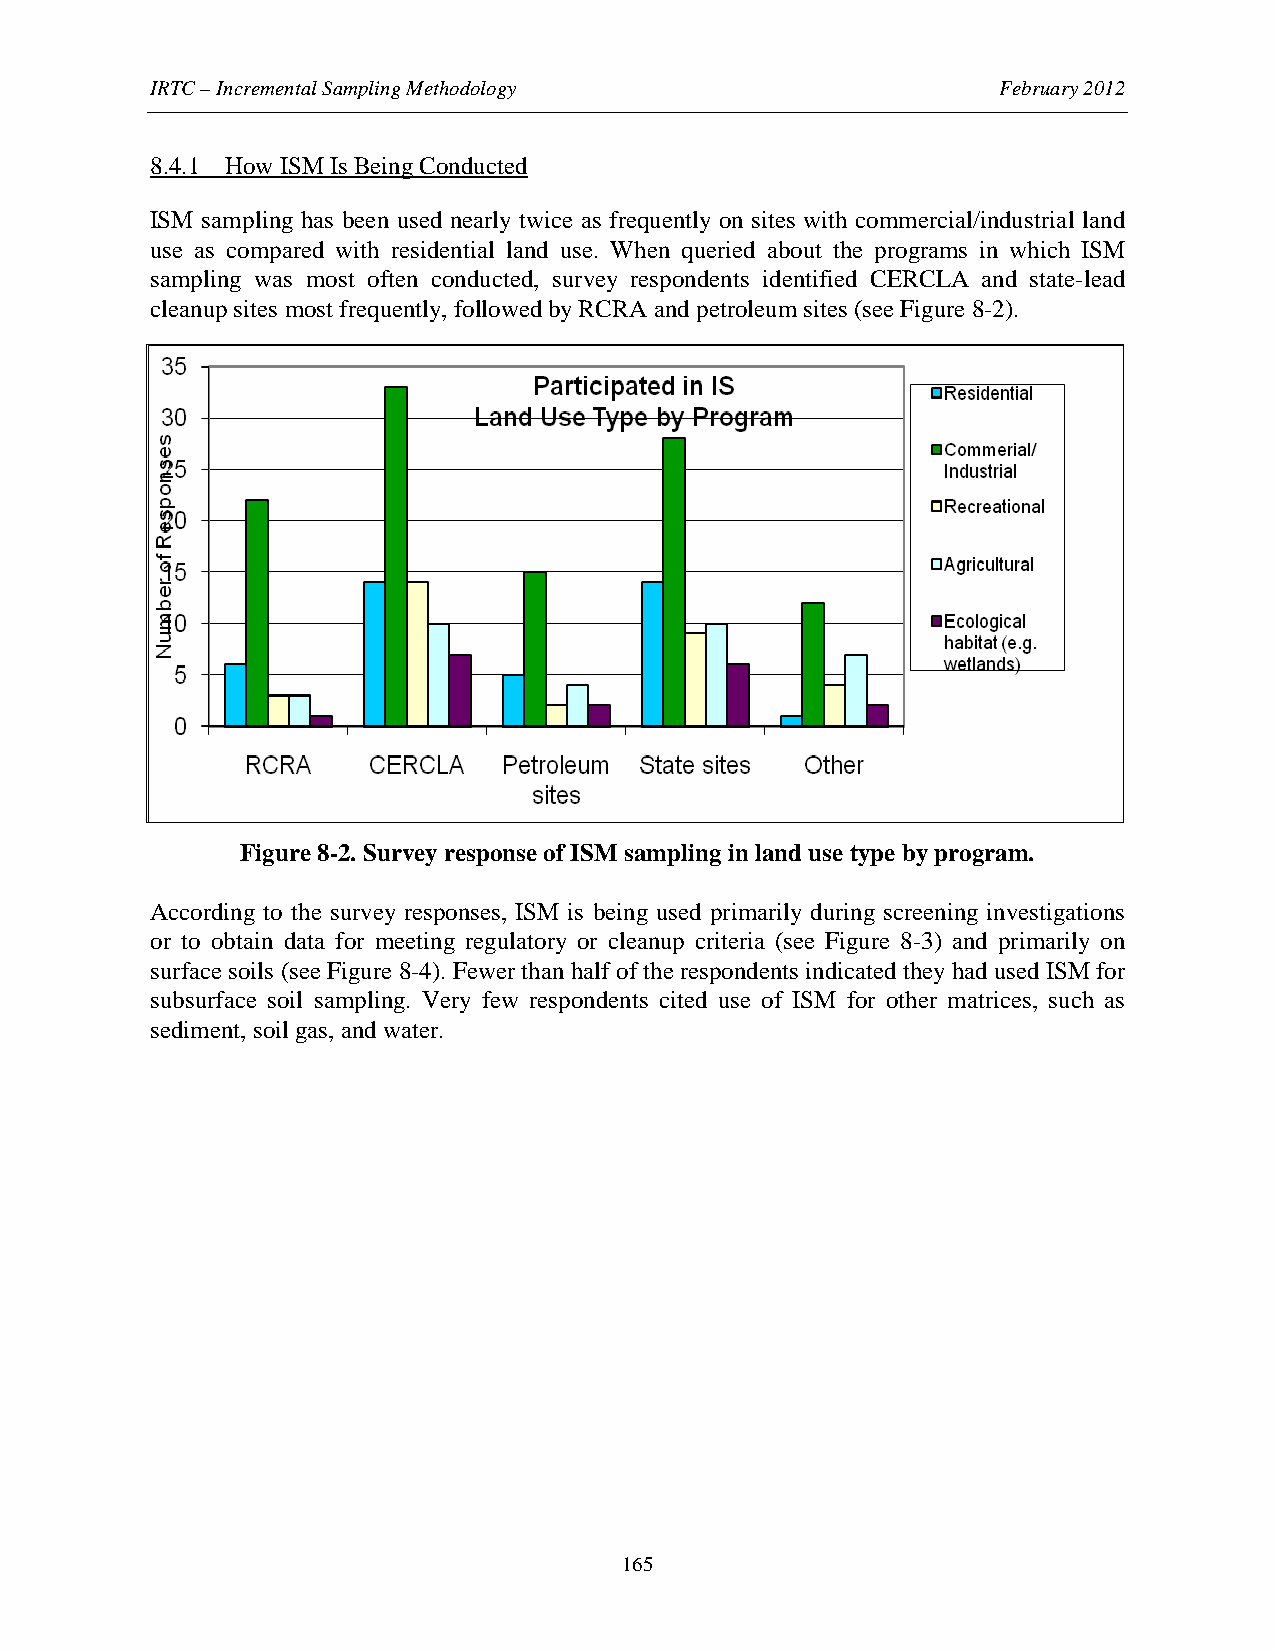
IRTC – Incremental Sampling Methodology                 February 2012
 8.4.1 How ISM Is Being Conducted
 ISM sampling has been used nearly twice as frequently on sites with commercial/industrial land
 use as compared with residential land use. When queried about the programs in which ISM
 sampling was most often conducted, survey respondents identified CERCLA and state-lead
 cleanup sites most frequently, followed by RCRA and petroleum sites (see Figure 8-2).
 Figure 8-2. Survey response of ISM sampling in land use type by program.
 According to the survey responses, ISM is being used primarily during screening investigations
 or to obtain data for meeting regulatory or cleanup criteria (see Figure 8-3) and primarily on
 surface soils (see Figure 8-4). Fewer than half of the respondents indicated they had used ISM for
 subsurface soil sampling. Very few respondents cited use of ISM for other matrices, such as
 sediment, soil gas, and water.
 165